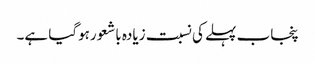
پنجاب پہلے کی نسبت زیادہ باشعورہوگیا ہے۔